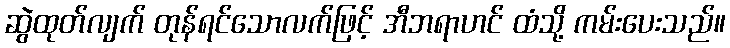
ဆွဲထုတ်လျက် တုန်ရင်သောလက်ဖြင့် အီဘရာဟင် ထံသို့ ကမ်းပေးသည်။